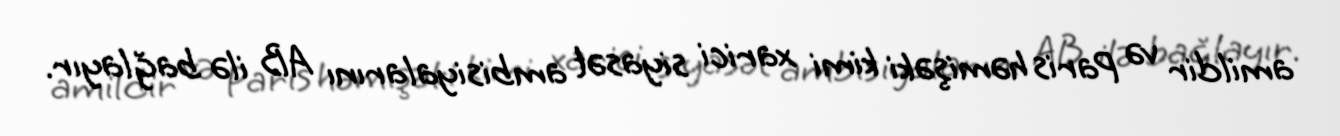
amildir və Paris həmişəki kimi xarici siyasət ambisiyalarını AB ilə bağlayır.